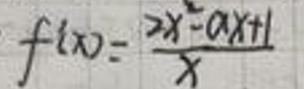
\[ f(x)=\frac{2x^{2}-ax + 1}{x} \]